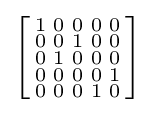
\left[{\begin{smallmatrix}1&0&0&0&0\\0&0&1&0&0\\0&1&0&0&0\\0&0&0&0&1\\0&0&0&1&0\\\end{smallmatrix}}\right]